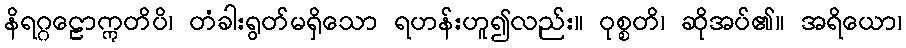
နိရဂ္ဂဠောဣတိပိ၊ တံခါးရွတ်မရှိသော ရဟန်းဟူ၍လည်း။ ဝုစ္စတိ၊ ဆိုအပ်၏။ အရိယော၊